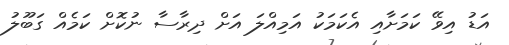
އަޑު އިވޭ ކަަމަށާއި އެކަމަކު އަމިއްލަ އަށް ދިރާސާ ނުކޮށް ކަމެއް ގަބޫލު